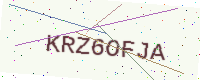
Text: KRZ6OFJA